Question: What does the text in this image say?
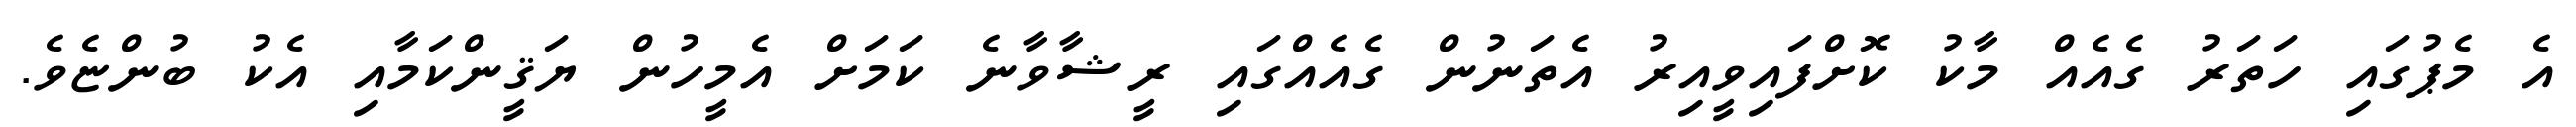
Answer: އެ މެޕުގައި ހަތަރު ގެއެއް މާކު ކޮށްފައިވީއިރު އެތަނުން ގެއެއްގައި ރީޝާވާނެ ކަމަށް އެމީހުން ޔަޤީންކަމާއި އެކު ބުންޏެވެ.